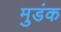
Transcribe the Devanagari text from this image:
मुडंक